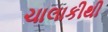
ચાલાકીથી